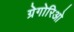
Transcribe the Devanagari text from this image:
ग्रेगोरिओ